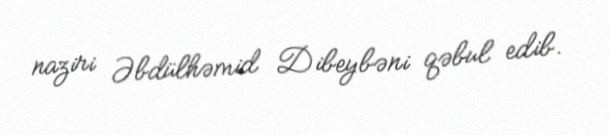
naziri Əbdülhəmid Dibeybəni qəbul edib.